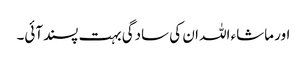
اور ماشاء اللہ ان کی سادگی بہت پسندآئی۔